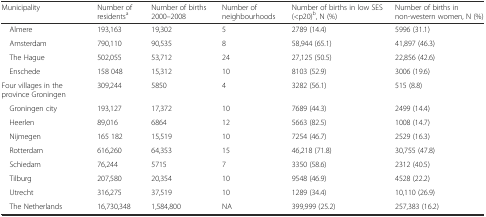
<table><thead><tr><td><b>Municipality</b></td><td><b>Number of residents<sup>a</sup></b></td><td><b>Number of births 2000–2008</b></td><td><b>Number of neighbourhoods</b></td><td><b>Number of births in low SES (&lt;p20)<sup>b</sup>, N (%)</b></td><td><b>Number of births in non-western women, N (%)</b></td></tr></thead><tbody><tr><td> Almere</td><td>193,163</td><td>19,302</td><td>5</td><td>2789 (14.4)</td><td>5996 (31.1)</td></tr><tr><td> Amsterdam</td><td>790,110</td><td>90,535</td><td>8</td><td>58,944 (65.1)</td><td>41,897 (46.3)</td></tr><tr><td> The Hague</td><td>502,055</td><td>53,712</td><td>24</td><td>27,125 (50.5)</td><td>22,856 (42.6)</td></tr><tr><td> Enschede</td><td>158 048</td><td>15,312</td><td>10</td><td>8103 (52.9)</td><td>3006 (19.6)</td></tr><tr><td>Four villages in the province Groningen</td><td>309,244</td><td>5850</td><td>4</td><td>3282 (56.1)</td><td>515 (8.8)</td></tr><tr><td> Groningen city</td><td>193,127</td><td>17,372</td><td>10</td><td>7689 (44.3)</td><td>2499 (14.4)</td></tr><tr><td> Heerlen</td><td>89,016</td><td>6864</td><td>12</td><td>5663 (82.5)</td><td>1008 (14.7)</td></tr><tr><td> Nijmegen</td><td>165 182</td><td>15,519</td><td>10</td><td>7254 (46.7)</td><td>2529 (16.3)</td></tr><tr><td> Rotterdam</td><td>616,260</td><td>64,353</td><td>15</td><td>46,218 (71.8)</td><td>30,755 (47.8)</td></tr><tr><td> Schiedam</td><td>76,244</td><td>5715</td><td>7</td><td>3350 (58.6)</td><td>2312 (40.5)</td></tr><tr><td> Tilburg</td><td>207,580</td><td>20,354</td><td>10</td><td>9548 (46.9)</td><td>4528 (22.2)</td></tr><tr><td> Utrecht</td><td>316,275</td><td>37,519</td><td>10</td><td>1289 (34.4)</td><td>10,110 (26.9)</td></tr><tr><td> The Netherlands</td><td>16,730,348</td><td>1,584,800</td><td>NA</td><td>399,999 (25.2)</td><td>257,383 (16.2)</td></tr></tbody></table>